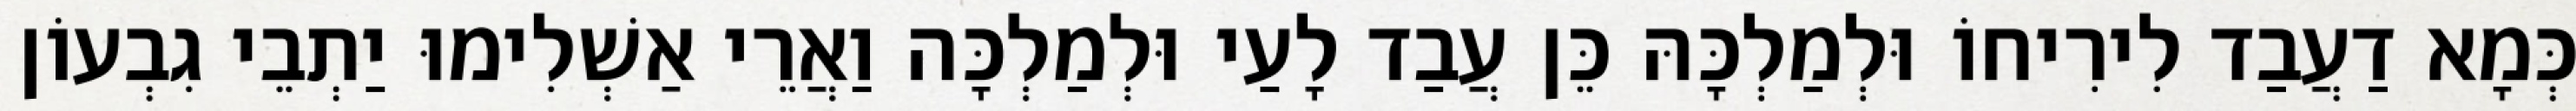
כְּמָא דַעֲבַד לִירִיחוֹ וּלְמַלְכָּהּ כֵּן עֲבַד לָעַי וּלְמַלְכָּה וַאֲרֵי אַשְׁלִימוּ יַתְבֵי גִבְעוֹן